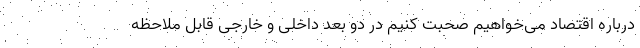
درباره اقتصاد می‌خواهیم صحبت کنیم در دو بعد داخلی و خارجی قابل ملاحظه